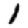
Digit: 1